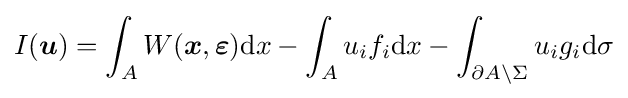
I({\boldsymbol {u}})=\int _{A}W({\boldsymbol {x}},{\boldsymbol {\varepsilon }})\mathrm {d} x-\int _{A}u_{i}f_{i}\mathrm {d} x-\int _{\partial A\setminus \Sigma }u_{i}g_{i}\mathrm {d} \sigma